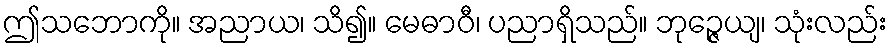
ဤသဘောကို။ အညာယ၊ သိ၍။ မေဓာဝီ၊ ပညာရှိသည်။ ဘုဉ္ဇေယျ၊ သုံးလည်း